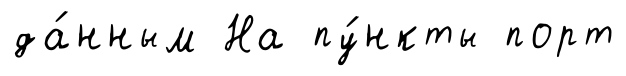
да́нным На пу́нкты порт